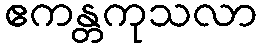
ဧကန္တကုသလာ